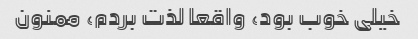
خیلی خوب بود، واقعا لذت بردم، ممنون